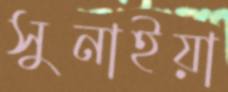
সুনাইয়া